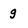
Character: g